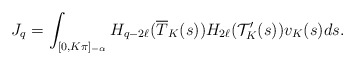
\begin{align*} J_q=\int_{[0,K\pi]_{-\alpha}}H_{q-2\ell}(\overline{T}_K(s))H_{2\ell}(\mathcal {T}^{\prime}_K(s))v_K(s)ds.\end{align*}